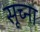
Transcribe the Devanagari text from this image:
सूच्ना